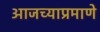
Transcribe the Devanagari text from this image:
आजच्याप्रमाणे